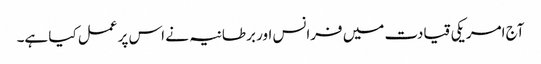
آج امریکی قیادت میں فرانس اور برطانیہ نے اس پر عمل کیا ہے۔